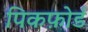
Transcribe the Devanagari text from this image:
पिकफ़ोर्ड